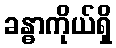
ခန္ဓာကိုယ်ရှိ